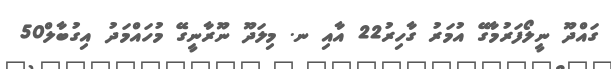
ގައްދޫ ނީލޯފަރުމާގޭ އުމަރު ގާހިރު22 އާއި ނ. މިލަދޫ ނޫރާނީގޭ މުހައްމަދު އިގުބާލް50